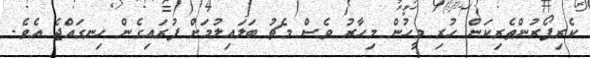
ކެރިފޯރުންތެރިކަން ހުރި މީހުން މިހާރު ވެސް މެޗު ބަލައިލުމަށް ފުރައިގެން ހިނގައްޖެ އެވެ.